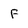
Character: F